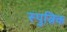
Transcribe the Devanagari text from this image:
स्पुत्निक